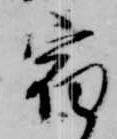
宿